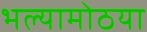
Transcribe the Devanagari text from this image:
भल्यामोठया